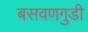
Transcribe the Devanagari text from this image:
बसवणगुडी